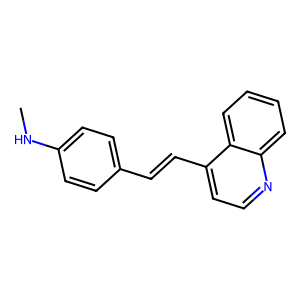
SMILES: CNc1ccc(C=Cc2ccnc3ccccc23)cc1
Inhibits HIV replication: No